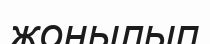
жонылып